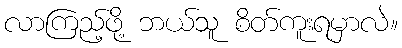
လာကြည့်ဖို့ ဘယ်သူ စိတ်ကူးရမှာလဲ။